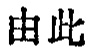
由此